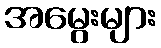
အမွေးများ